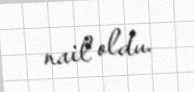
nail oldu.